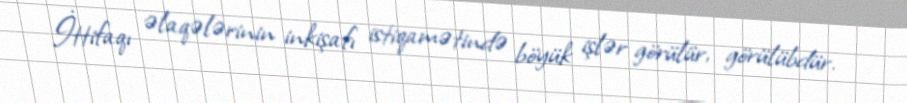
İttifaqı əlaqələrinin inkişafı istiqamətində böyük işlər görülür, görülübdür.